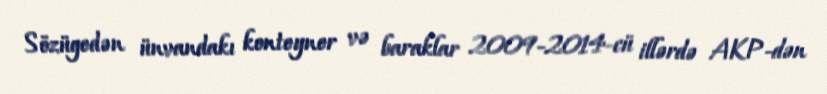
Sözügedən ünvandakı konteyner və baraklar 2009-2014-cü illərdə AKP-dən